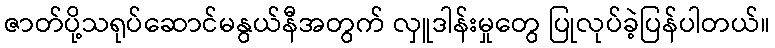
ဇာတ်ပို့သရုပ်ဆောင်မနွယ်နီအတွက် လှူဒါန်းမှုတွေ ပြုလုပ်ခဲ့ပြန်ပါတယ်။